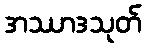
အဿာဒသုတ်